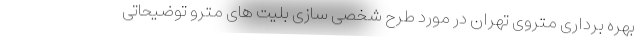
بهره برداری متروی تهران در مورد طرح شخصی سازی بلیت های مترو توضیحاتی